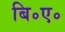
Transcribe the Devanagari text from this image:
बि॰ए॰